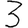
Digit: 3